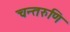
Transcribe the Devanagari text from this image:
चन्तरुणि